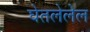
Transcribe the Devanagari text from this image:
घेतलेलेल